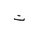
Letter: _ta